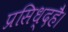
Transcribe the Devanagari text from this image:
प्रसिध्दहै।